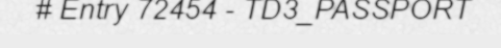
# Entry 72454 - TD3_PASSPORT